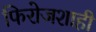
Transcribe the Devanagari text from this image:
फिरोजशाही